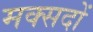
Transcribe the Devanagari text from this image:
मक्सदों